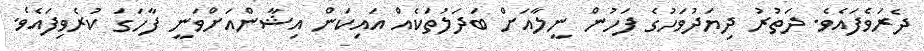
ދެރަވެފައެވެ. ދަތުރު ދިޔަދުވަހުގެ ފަހުން ނީލާއަށް ބަދަލުތަކެއް އައިކަން އިޝާންއަށްވަނީ ފާހަގަ ކުރެވިފައެވެ.